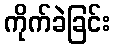
ကိုက်ခဲခြင်း